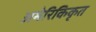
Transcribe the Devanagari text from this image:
अमेरिकिकृत